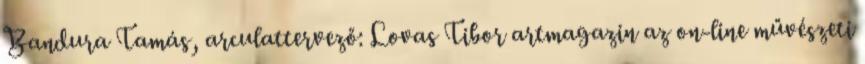
Bandura Tamás, arculattervező: Lovas Tibor artmagazin az on-line művészeti